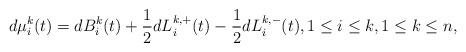
LaTeX: \begin{align*} d\mu^k_i(t) = dB^k_i(t) + \frac{1}{2} dL^{k, +}_i(t) - \frac{1}{2} dL^{k, -}_i(t), 1 \leq i \leq k, 1 \leq k \leq n,\end{align*}